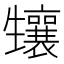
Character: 𤰂